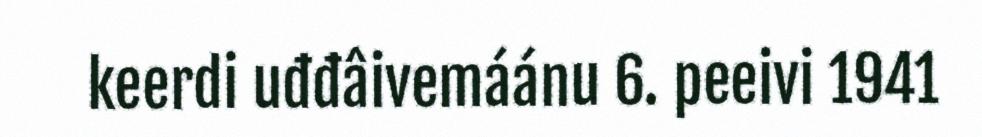
keerdi uđđâivemáánu 6. peeivi 1941